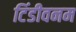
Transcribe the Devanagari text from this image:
टिंडीवनम